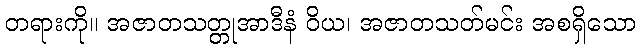
တရားကို။ အဇာတသတ္တုအာဒီနံ ဝိယ၊ အဇာတသတ်မင်း အစရှိသော